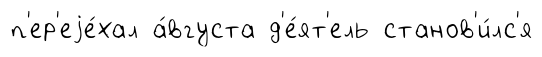
п'ер'еjе́хал а́вгуста д'е́ят'ель станов'и́лс'я